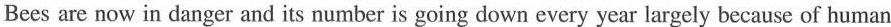
Bees are now in danger and its number is going down every year largely because of human